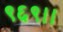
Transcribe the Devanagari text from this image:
९६९।।